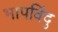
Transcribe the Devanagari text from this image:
भापविंदु